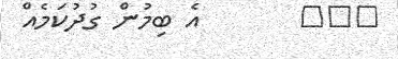
١٠٧       އެ ބިމުން ގުދުކަމެއް